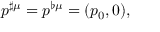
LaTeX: p ^ { \sharp \mu } = p ^ { \flat \mu } = ( p _ { 0 } , 0 ) ,